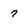
Character: 7